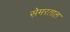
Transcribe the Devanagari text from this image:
सेमरताल